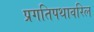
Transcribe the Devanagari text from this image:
प्रगतिपथावरिल